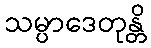
သမ္ပာဒေတုန္တိ